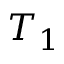
T _ { 1 }